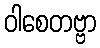
ဝါစေတဗ္ဗာ